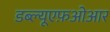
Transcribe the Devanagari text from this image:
डब्ल्यूएफ़ओआर